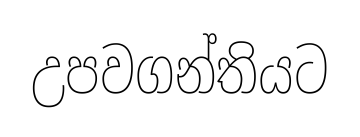
උපවගන්තියට